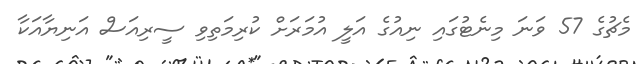
މެޗުގެ 57 ވަނަ މިނެޓުގައި ނިއުގެ އަލީ އުމަރަށް ކުރިމަތިވި ސީރިއަސް އަނިޔާއަކާ